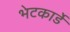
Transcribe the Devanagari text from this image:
भेटकार्डे